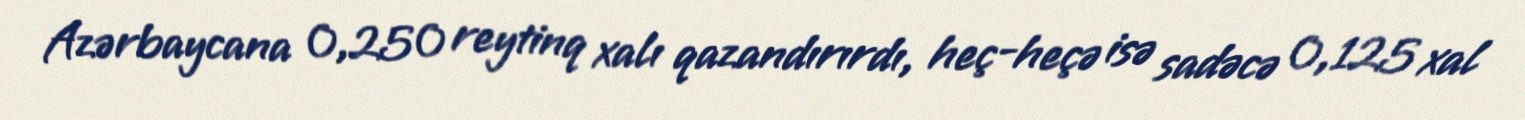
Azərbaycana 0,250 reytinq xalı qazandırırdı, heç-heçə isə sadəcə 0,125 xal